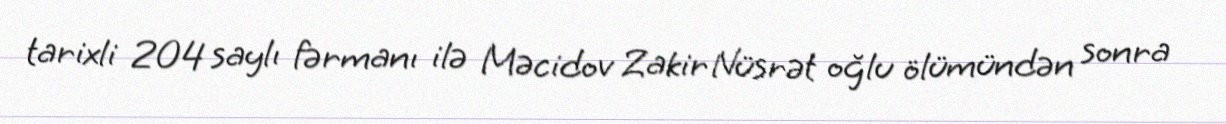
tarixli 204 saylı fərmanı ilə Məcidov Zakir Nüsrət oğlu ölümündən sonra